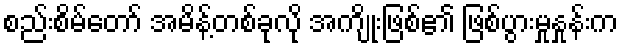
စည်းစိမ်တော် အမိန့်တစ်ခုလို အကျိုးဖြစ်၏ ဖြစ်ပွားမှုနှုန်းက